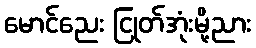
မောင်ညေး ငြုတ်အုံးမို့ညား